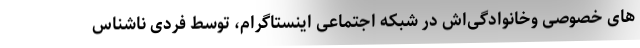
های خصوصی وخانوادگی‌اش در شبکه اجتماعی اینستاگرام، توسط فردی ناشناس